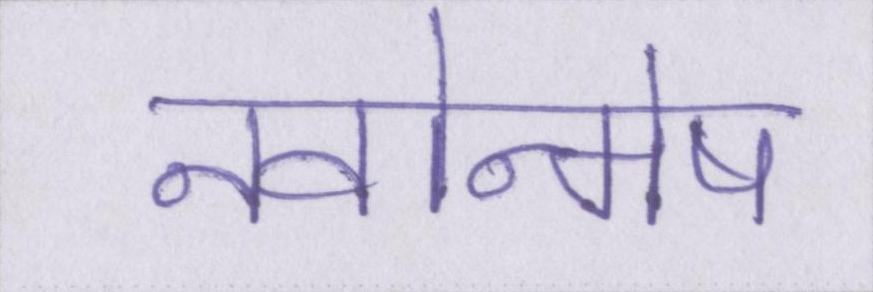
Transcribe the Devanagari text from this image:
नवोन्मेष